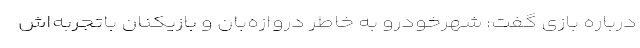
درباره بازی گفت: شهرخودرو به خاطر دروازه‌بان و بازیکنان باتجربه‌اش